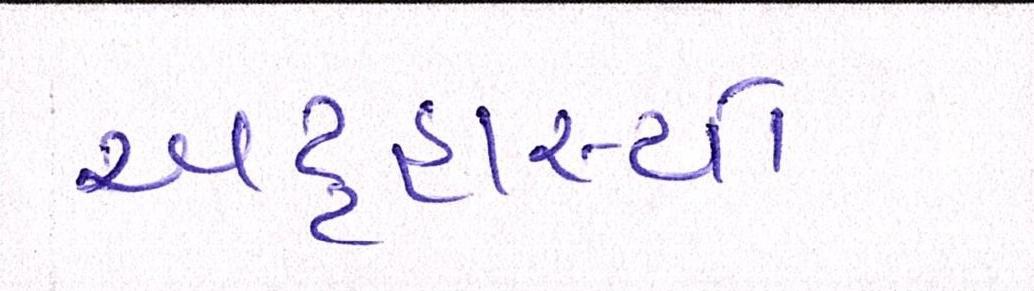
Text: અટ્ટહાસ્યો